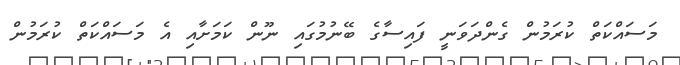
މަސައްކަތް ކުރަމުން ގެންދަވަނީ ފައިސާގެ ބޭނުމުގައި ނޫން ކަމަށާއި އެ މަސައްކަތް ކުރަމުން